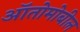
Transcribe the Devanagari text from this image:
ऑतोमोबील